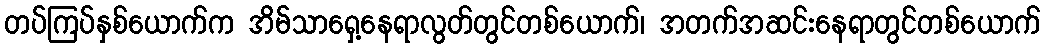
တပ်ကြပ်နှစ်ယောက်က အိမ်သာရှေ့နေရာလွတ်တွင်တစ်ယောက်၊ အတက်အဆင်းနေရာတွင်တစ်ယောက်